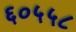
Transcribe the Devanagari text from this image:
६०५५८